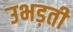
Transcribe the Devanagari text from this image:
उभड़ती